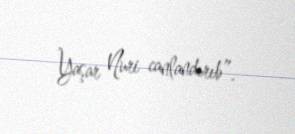
Yaşar Nuri canlandırıb”.